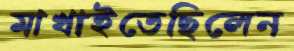
মাখাইতেছিলেন